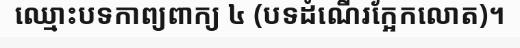
ឈ្មោះបទកាព្យពាក្យ ៤ (បទដំណើរក្អែកលោត)។